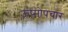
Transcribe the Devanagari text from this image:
ऊष्मोपचार